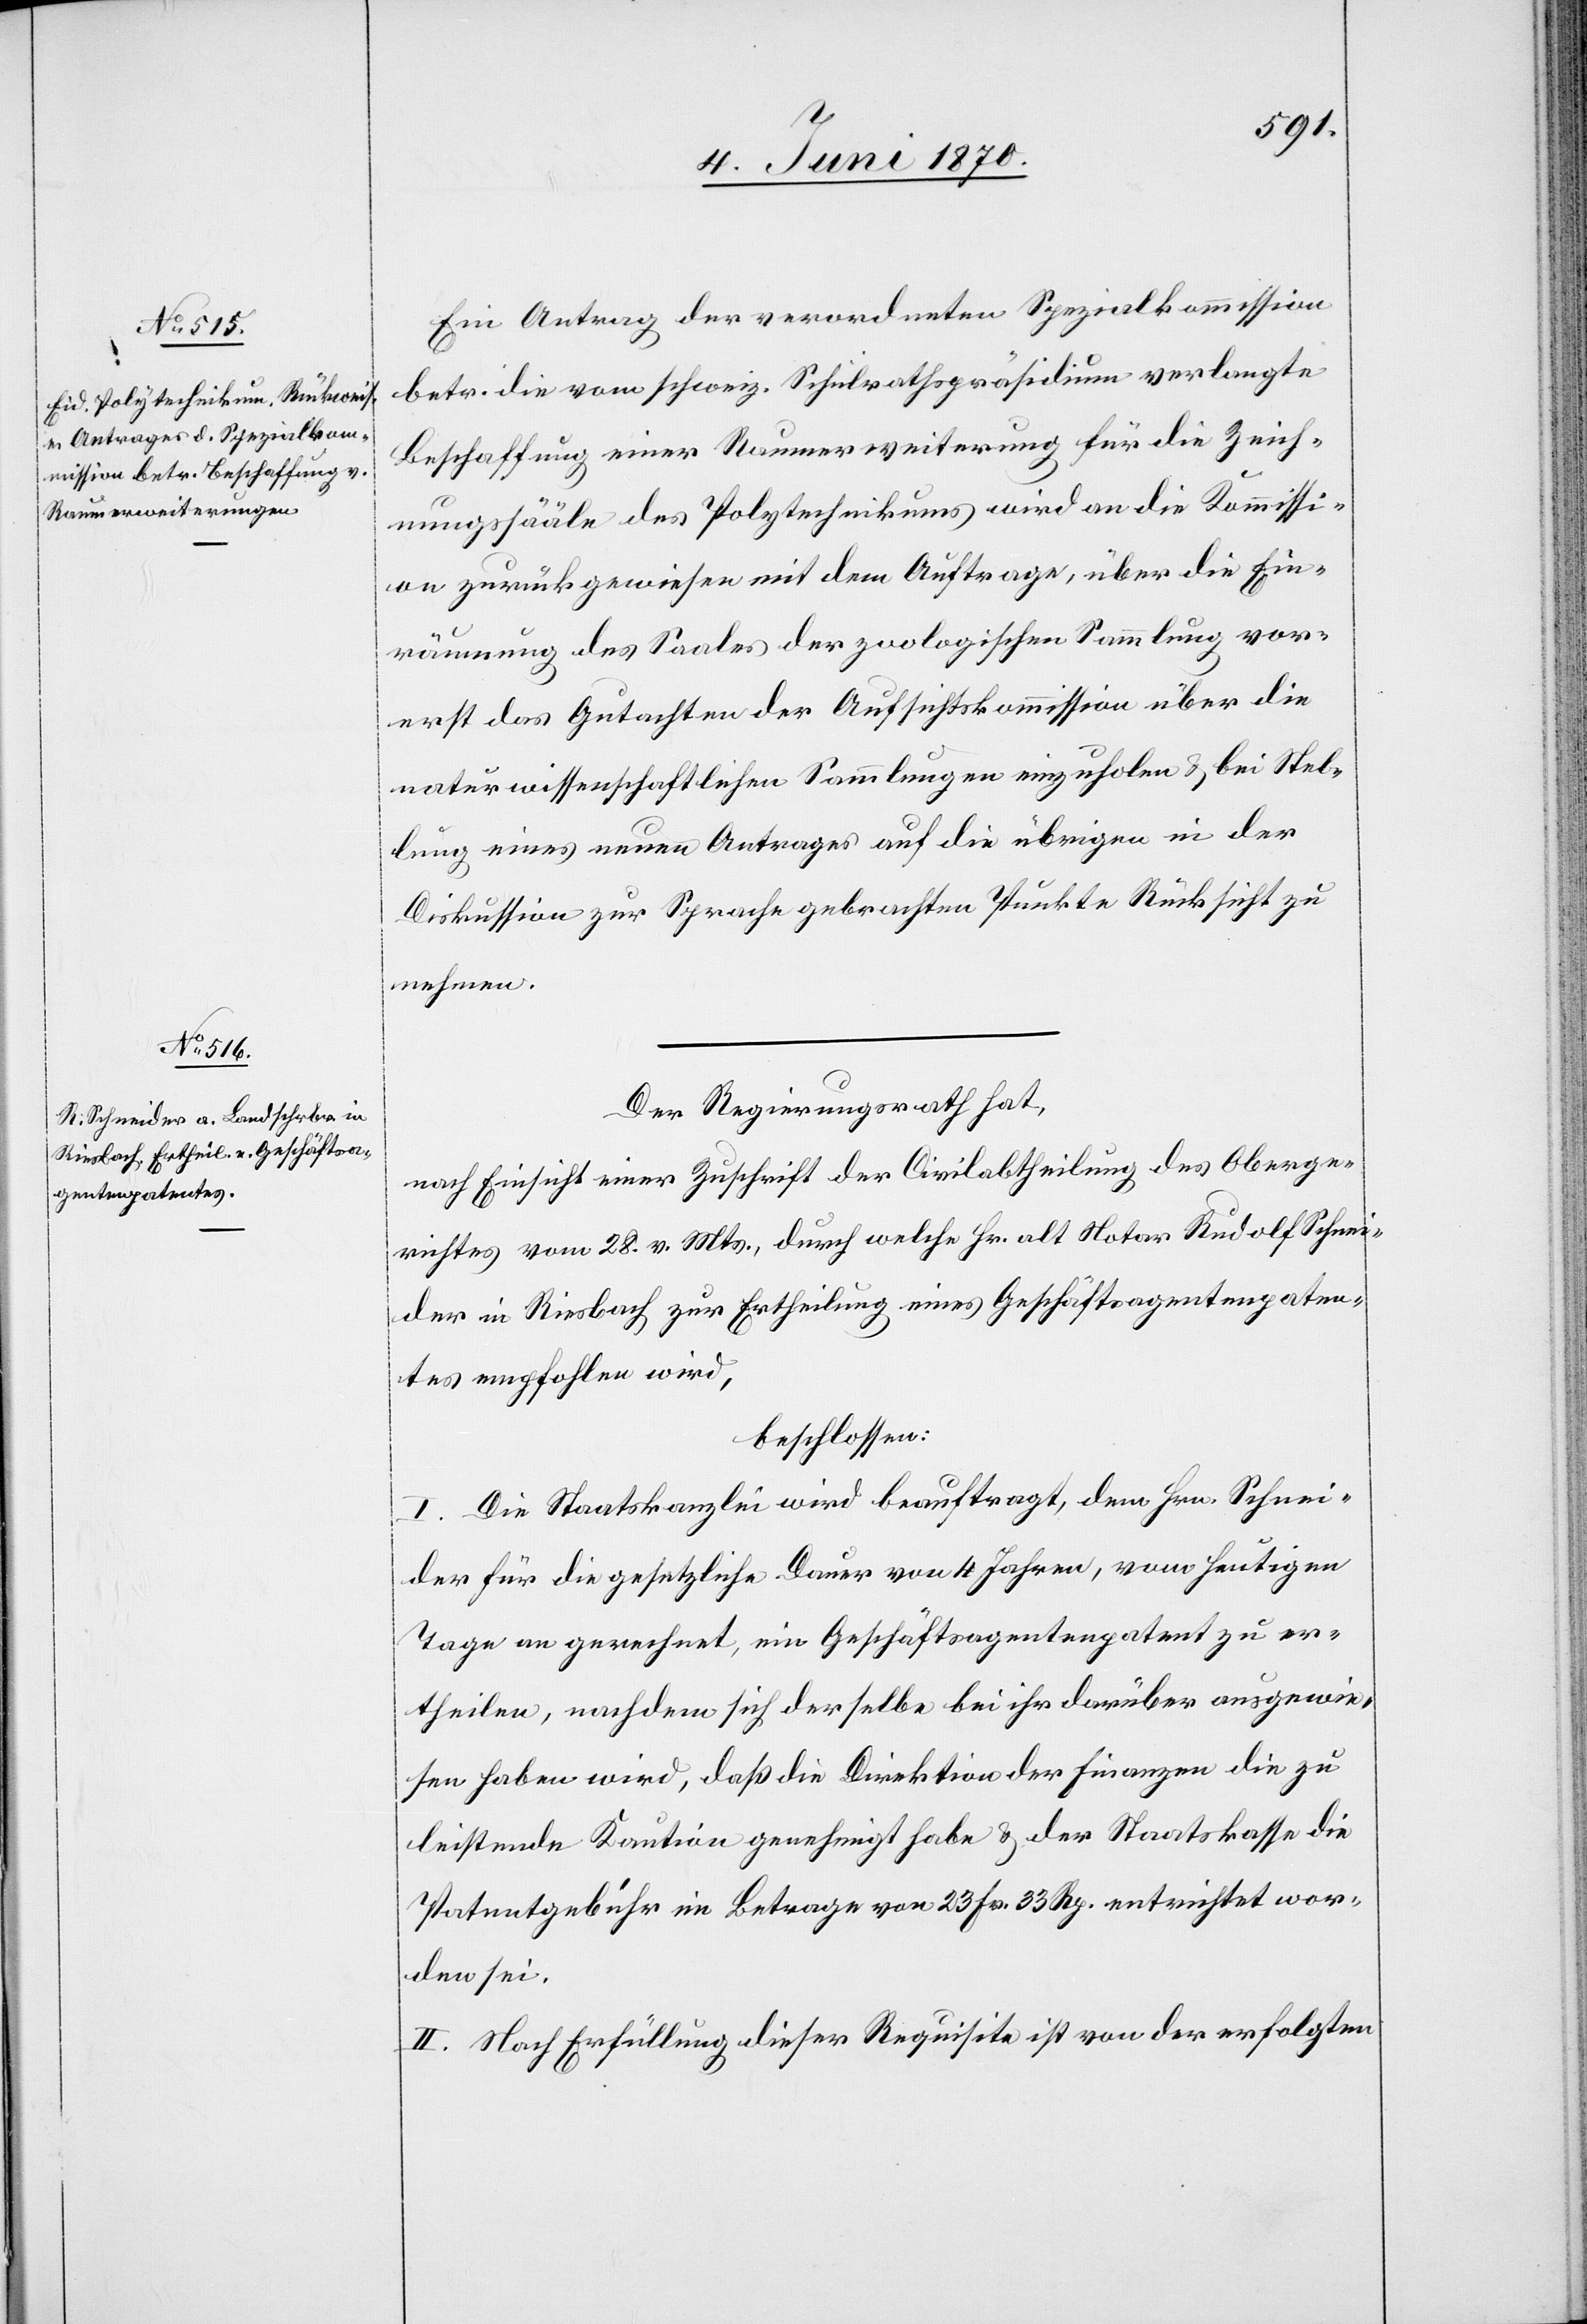
Ein Antrag der verordneten Spezialkommission
betr. die vom schweiz. Schulrathspräsidium verlangte
Beschaffung einer Raumerweiterung für die Zeich¬
nungssääle des Polytechnikums wird an die Kommissi¬
on zurückgewiesen mit dem Auftrage, über die Ein¬
räumung des Saales der zoologischen Sammlung vor¬
erst das Gutachten der Aufsichtskommission über die
naturwissenschaftlichen Sammlungen einzuholen & bei Stel¬
lung eines neuen Antrages auf die übrigen in der
Diskussion zur Sprache gebrachten Punkte Rücksicht zu
nehmen.
Der Regierungsrath hat,
nach Einsicht einer Zuschrift der Civilabtheilung des Oberge¬
richtes vom 28. v. Mts., durch welche Hr. alt Notar Rudolf Schnei¬
der in Riesbach zur Ertheilung eines Geschäftsagentenpaten¬
tes empfohlen wird,
beschlossen:
I. Die Staatskanzlei wird beauftragt, dem Hrn. Schnei¬
der für die gesetzliche Dauer von 4 Jahren, vom heutigen
Tage an gerechnet, ein Geschäftsagentenpatent zu er¬
theilen, nachdem sich derselbe bei ihr darüber ausgewie¬
sen haben wird, daß die Direktion der Finanzen die zu
leistende Kaution genehmigt habe & der Staatskasse die
Patentgebühr im Betrage von 23. Fr. 33 Rp. entrichtet wor¬
den sei.
II. Nach Erfüllung dieser Requisite ist von der erfolgten